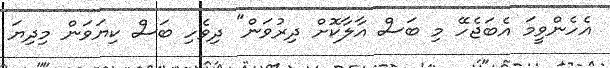
އެހެންވީމަ އެބަޖެހޭ މި ބަސް އާލާކޮށް ދިރުވަން" ދިވެހި ބަސް ކިޔަވަން މިދިޔަ